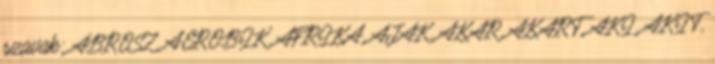
szavak: ABROSZ, AEROBIK, AFRIKA, AJAK, AKAR, AKART, AKI, AKIT,